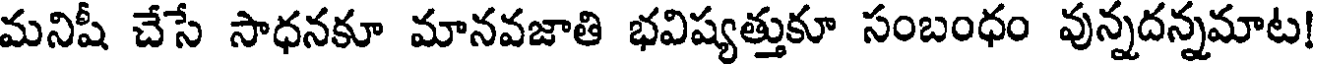
మనిషీ చేసే సాధనకూ మానవజాతి భవిష్యత్తుకూ సంబంధం వున్నదన్నమాట!